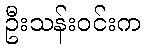
ဦးသန်းဝင်းက